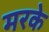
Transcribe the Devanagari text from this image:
मरके